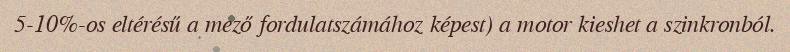
5-10%-os eltérésű a mező fordulatszámához képest) a motor kieshet a szinkronból.